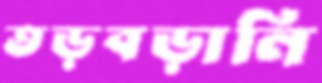
তড়বড়ানি